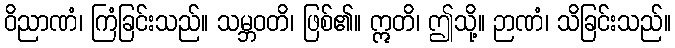
ဝိညာဏံ၊ ကြံခြင်းသည်။ သမ္ဘဝတိ၊ ဖြစ်၏။ ဣတိ၊ ဤသို့။ ဉာဏံ၊ သိခြင်းသည်။